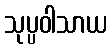
သုပ္ပဝါသာယ